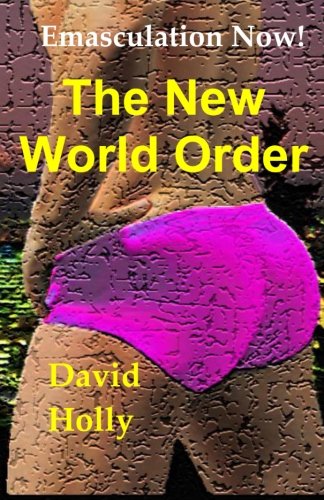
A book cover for The New World Order: Emasculation Now!; David Holly; Romance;